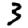
Digit: 3